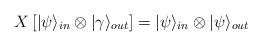
LaTeX: \begin{align*}X \left [ | \psi \rangle_{in} \otimes | \gamma \rangle_{out} \right ]= | \psi \rangle_{in} \otimes |\psi \rangle_{out}\end{align*}